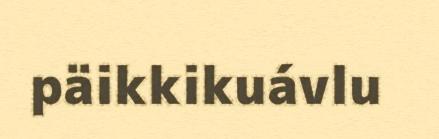
päikkikuávlu